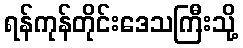
ရန်ကုန်တိုင်းဒေသကြီးသို့